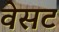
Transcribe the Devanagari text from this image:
वेसट